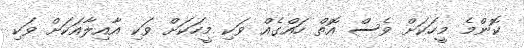
ކޮންމެ މީހަކަށް ވެސް އޮތް ހައްގެއް ވަކި މީހަކަށް ވަކި އާއިލާއަކަށް ވަކި